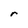
Character: r